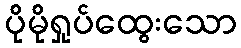
ပိုမိုရှုပ်ထွေးသော